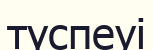
түспеуі